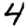
Digit: 4